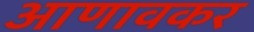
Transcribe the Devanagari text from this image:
आणावकर